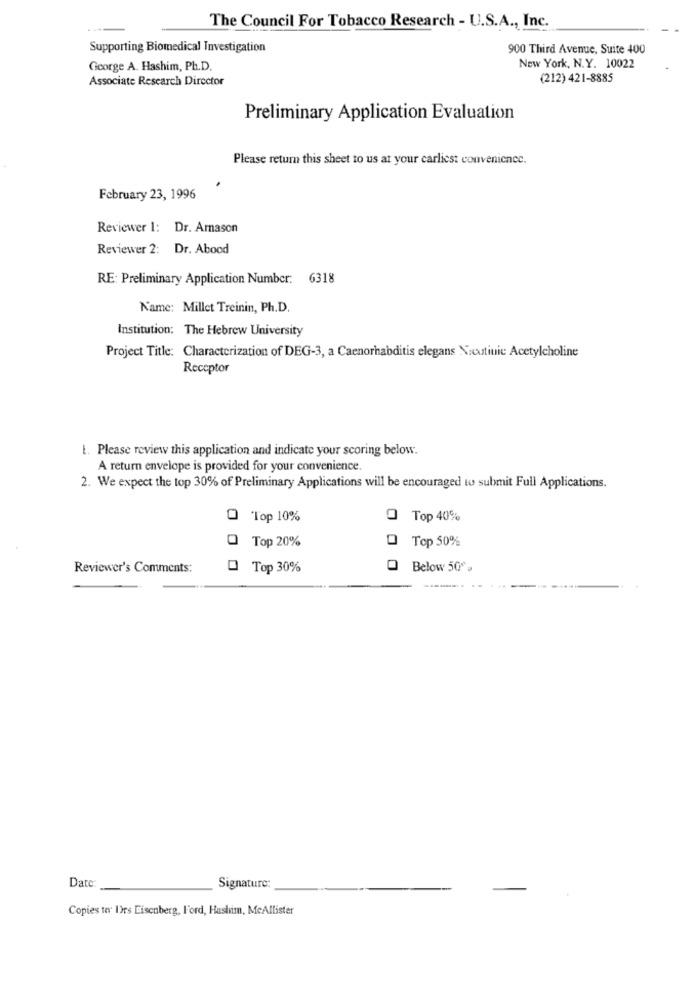
The Council For Tobacco Research - U.S.A ., Inc.
Supporting Biomedical Investigation
900 Third Avenue, Suite 400
George A. Hashim, Ph.D.
New York, N.Y. 10022
Associate Research Director
(212) 421-8885
Preliminary Application Evaluation
Please return this sheet to us at your carliest convenience.
February 23, 1996
Reviewer 1: Dr. Amason
Reviewer 2: Dr. Abood
RE: Preliminary Application Number: 6318
Name: Millet Treinin, Ph.D.
Institution: The Hebrew University
Project Title: Characterization of DEG-3, a Caenorhabditis elegans Nicotinic Acetylcholine
Receptor
1. Please review this application and indicate your scoring below.
A return envelope is provided for your convenience
2. We expect the top 30% of Preliminary Applications will be encouraged to submit Full Applications.
O Top 10%
O Top 40%
Top 20%
Top 50%
Reviewer's Comments:
O Top 30%
0
Below 50%
Date:
Signature:
Copies to Irs Eisenberg, Ford, Hashim, McAllister